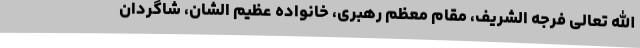
الله تعالی فرجه الشریف، مقام معظم رهبری، خانواده عظیم الشان، شاگردان